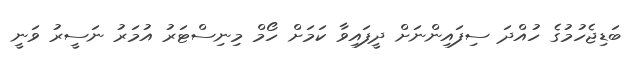
ބަޑިޖެހުމުގެ ހުއްދަ ސިފައިންނަށް ދީފައިވާ ކަމަށް ހޯމް މިނިސްޓަރު އުމަރު ނަސީރު ވަނީ